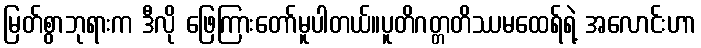
မြတ်စွာဘုရားက ဒီလို ဖြေကြားတော်မူပါတယ်။ပူတိဂတ္တတိဿမထေရ်ရဲ့ အလောင်းဟာ